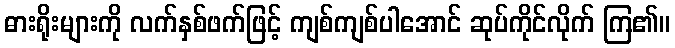
ဓားရိုးများကို လက်နှစ်ဖက်ဖြင့် ကျစ်ကျစ်ပါအောင် ဆုပ်ကိုင်လိုက် ကြ၏။